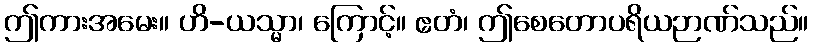
ဤကားအမေး။ ဟိ-ယသ္မာ၊ ကြောင့်။ ဧတံ၊ ဤစေတောပရိယဉာဏ်သည်။